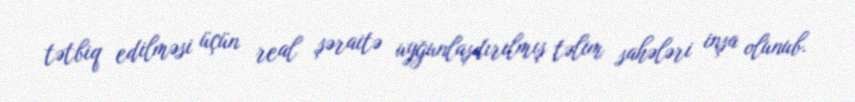
tətbiq edilməsi üçün real şəraitə uyğunlaşdırılmış təlim sahələri inşa olunub.